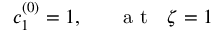
c _ { 1 } ^ { ( 0 ) } = 1 , ~ ~ ~ ~ ~ \mathrm { ~ a ~ t ~ } ~ ~ \zeta = 1